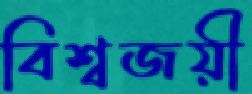
বিশ্বজয়ী